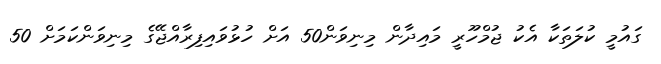
ގައުމީ ކުލަތަކާ އެކު ޖުމްހޫރީ މައިދާން މިނިވަން50 އަށް ހުޅުވައިފިރާއްޖޭގެ މިނިވަންކަމަށް 50